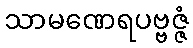
သာမဏေရပဗ္ဗဇ္ဇံ